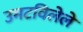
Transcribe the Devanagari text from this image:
उमटविलेले